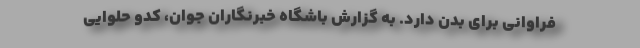
فراوانی برای بدن دارد. به گزارش باشگاه خبرنگاران جوان، کدو حلوایی